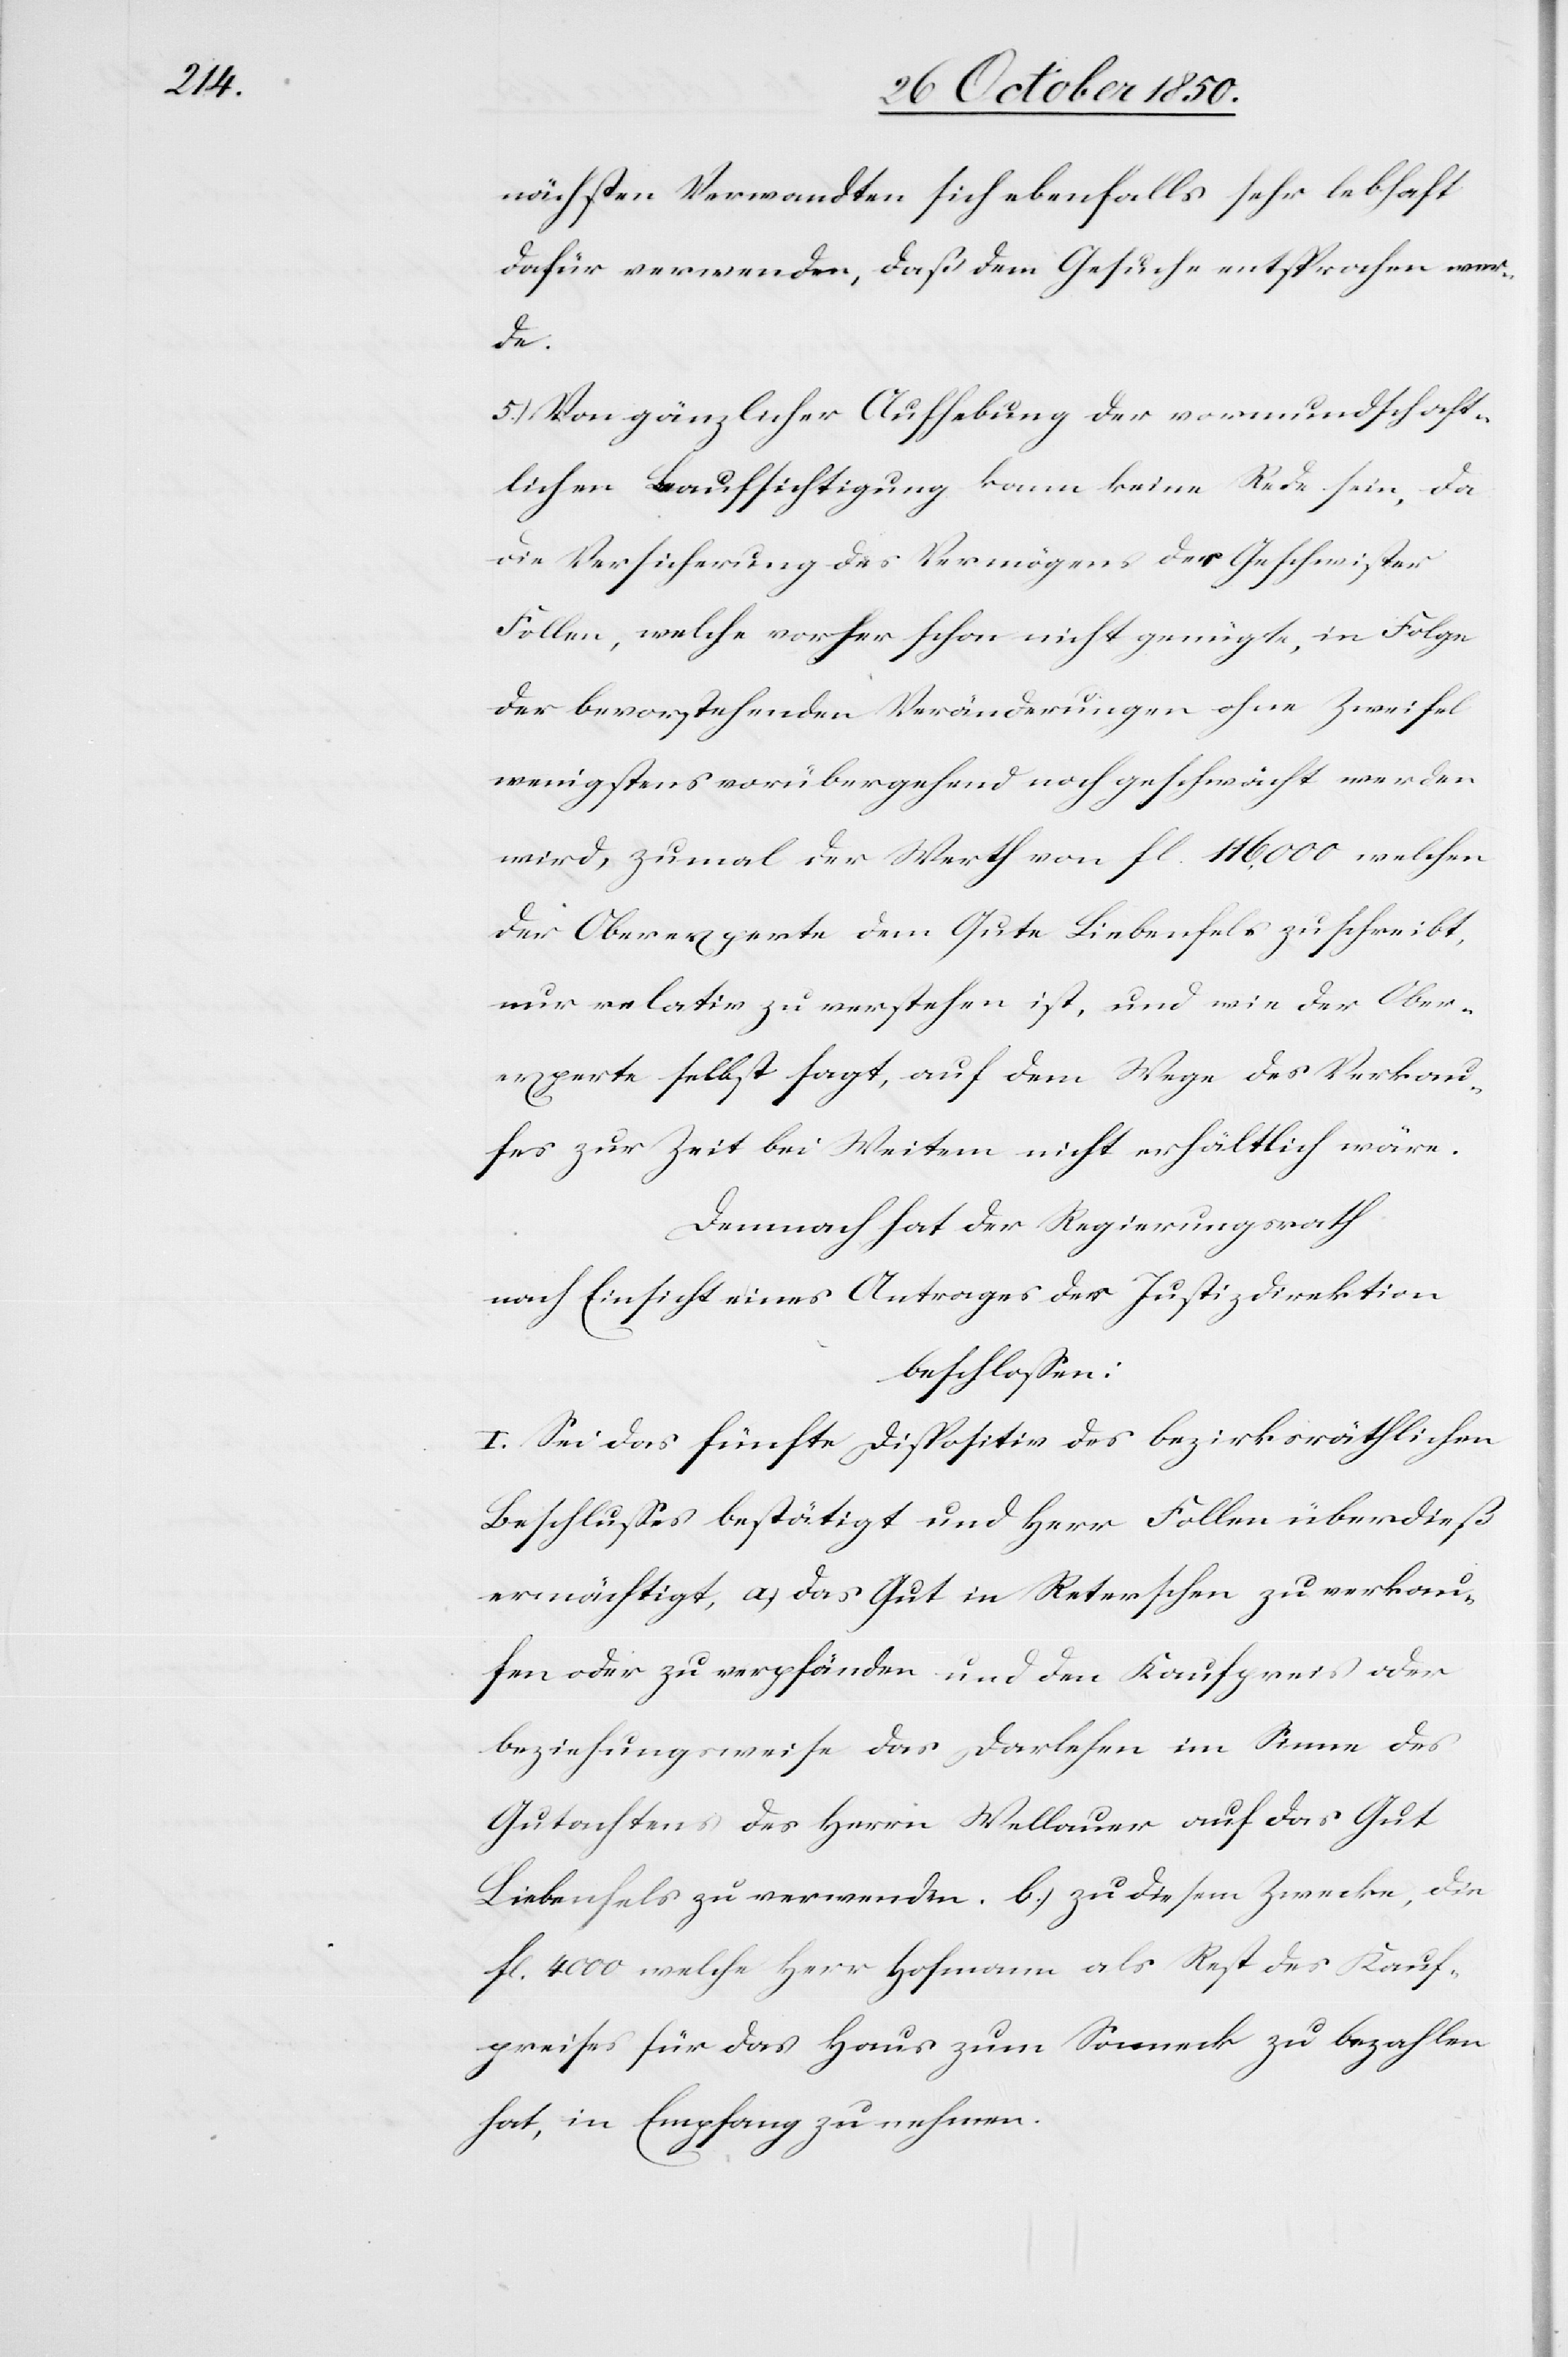
nächsten Verwandten sich ebenfalls sehr lebhaft
dafür verwenden, daß dem Gesuche entsprochen wer¬
de.
5.) Von gänzlicher Aufhebung der vormundschaft¬
lichen Beaufsichtigung kann keine Rede sein, da
die Versicherung des Vermögens der Geschwister
Follen, welche vorher schon nicht genügte, in Folge
der bevorstehenden Veränderungen ohne Zweifel
wenigstens vorübergehend noch geschwächt werden
wird, zumal der Werth von fl. 116,000 welchen
der Oberexperte dem Gute Liebenfels zuschreibt,
nur relativ zu verstehen ist, und wie der Ober¬
experte selbst sagt, auf dem Wege des Verkau¬
fes zur Zeit bei Weitem nicht erhältlich wäre.
Demnach hat der Regierungsrath
nach Einsicht eines Antrages der Justizdirektion
beschlossen:
I. Sei das fünfte Dispositiv des bezirksräthlichen
Beschlusses bestätigt und Herr Follen überdieß
ermächtigt, a.) das Gut in Reterschen zu verkau¬
fen oder zu verpfänden und den Kaufpreis oder
beziehungsweise das Darlehen im Sinne des
Gutachtens des Herrn Wellauer auf das Gut
Liebenfels zu verwenden. b.) zu diesem Zwecke, die
fl. 4000 welche Herr Hofmann als Rest des Kauf¬
preises für das Haus zum Sonneck zu bezahlen
hat, in Empfang zu nehmen.